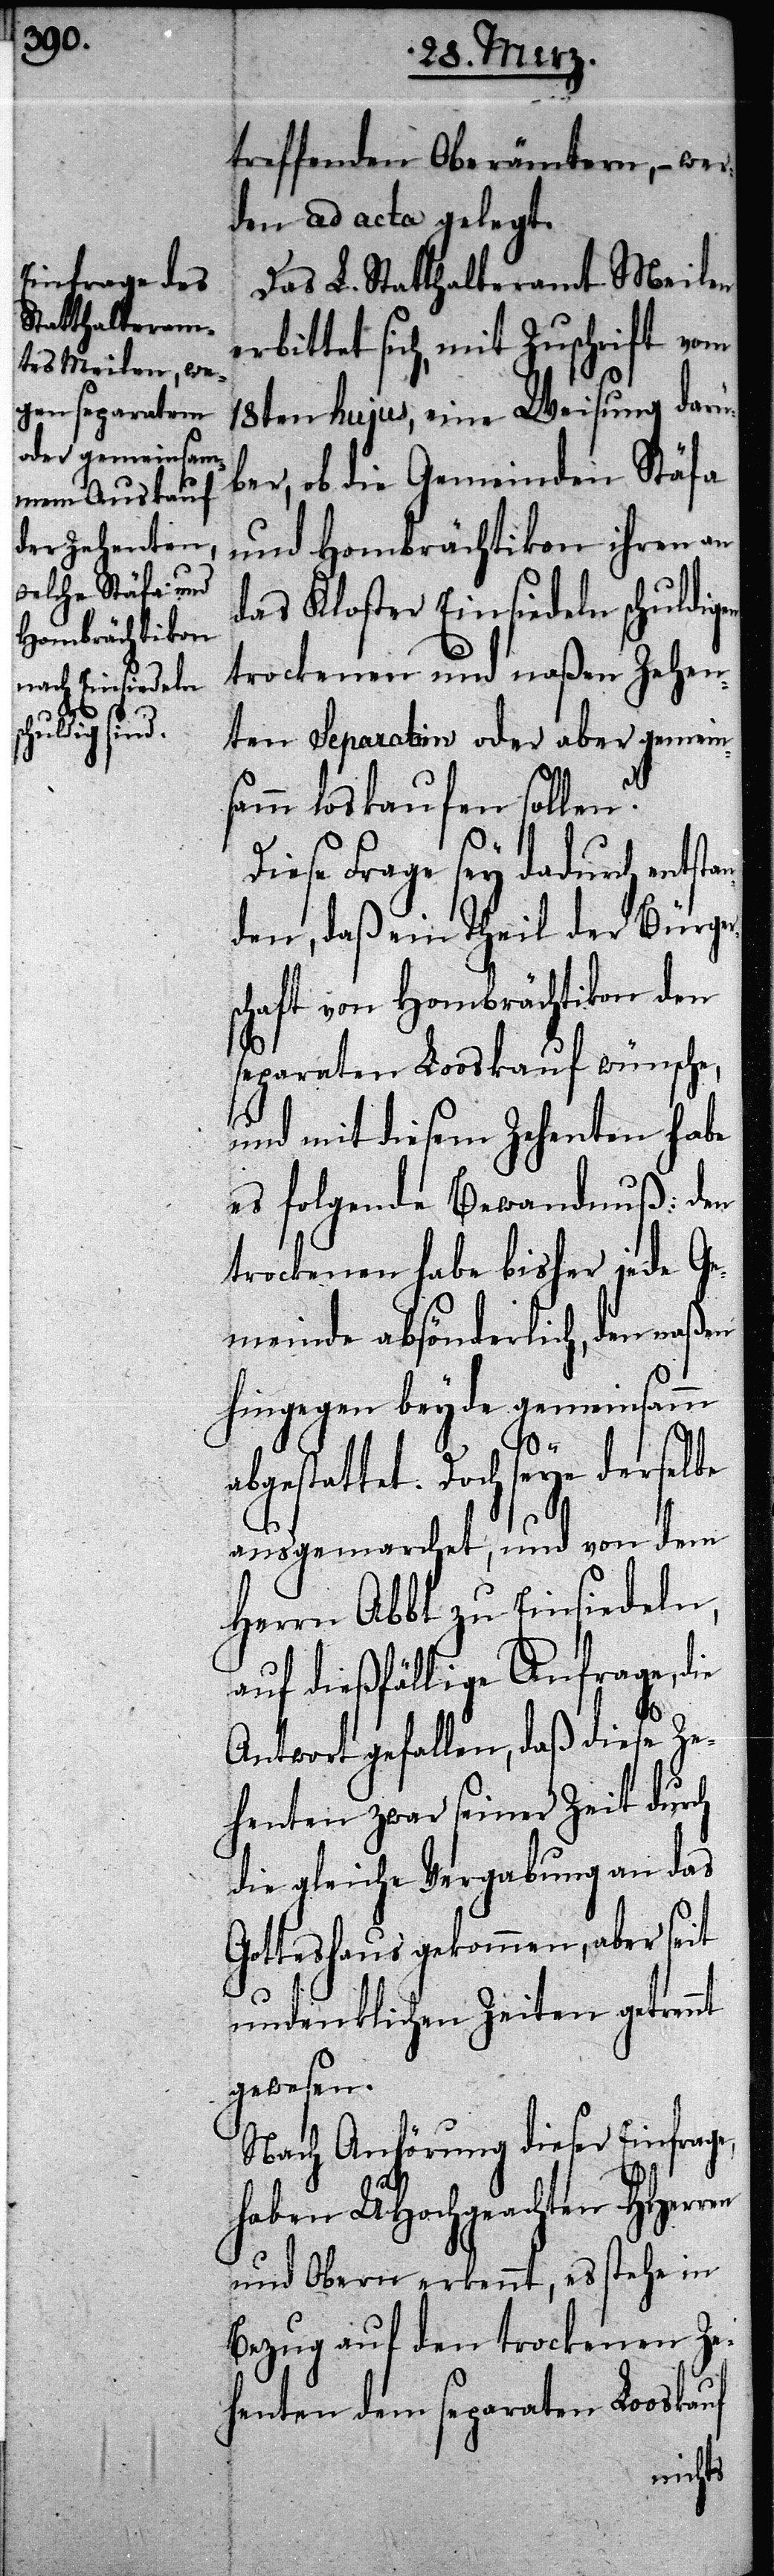
treffenden Oberämtern, – wer¬
den ad acta gelegt.
Das L. Statthalteramt Meilen
bittet sich, mit Zuschrift vom
en
18ten hujus, eine Weisung darü¬
ber, ob die Gemeinden Stäfa
und Hombrächtikon ihren an
das Kloster Einsiedeln schuldigen
trockenen und naßen Zehen¬
ten Separatim oder aber gemein¬
samm loskaufen sollen?
Diese Frage sey dadurch ent¬
den, daß ein Theil der Bürger¬
schaft von Hombrächtikon den
separaten Looskauf wünsche,
und mit diesem Zehenten habe
es folgende Bewandnuß: den
trockenen habe bisher jede Ge¬
meinde absönderlich, den
hingegen beyde gemeinsamm
abgestattet. Doch seye derselbe
ausgemarchet, und von dem
Herrn Abbt zu Einsiedlen,
auf dießfällige Anfrage, die
Antwort gefallen, daß diese Ze¬
hnten zwar seiner Zeit durch
die gleiche Vergabung an das
Gotteshaus gekommen, aber seit
undenklichen Zeiten getrennt
gewesen.
Nach Anhörung dieser Einfrag¬
haben Uhochgeachten HHerr¬
und Obern erkennt, es stehe in
Bezug auf den trockenen
Ze¬
henten dem separaten